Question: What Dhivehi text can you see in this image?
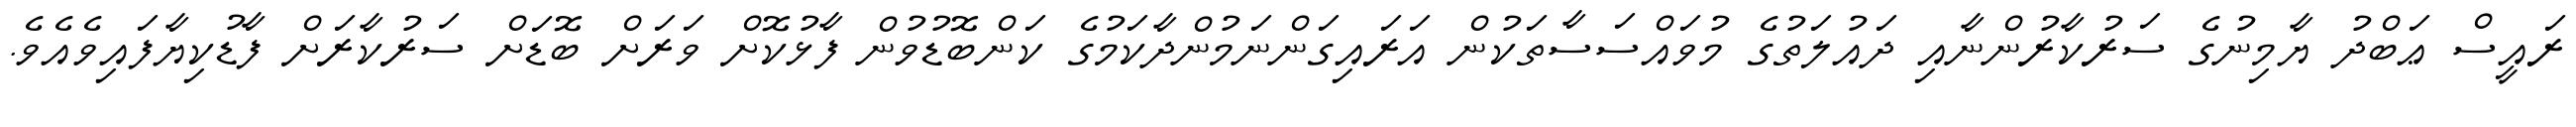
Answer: ރައީސް ޢަބްދު ޔާމިނުގެ ސަރުކާރުންނާއި ދައުލަތުގެ މުވައްސަސާތަކުން އަރައިގަންނަމުންދާކަމުގެ ކަންބޮޑުވުން ފާޅުކޮށް ވަރަށް ބޮޑަށް ސަރުކާރަށް ފާޑުކިޔާފައިވެއެވެ.